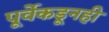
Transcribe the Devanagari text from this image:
पूर्वेकडूनही